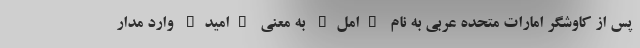
پس از کاوشگر امارات متحده عربی به نام "امل" به معنی "امید" وارد مدار